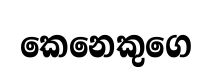
කෙනෙකුගෙ